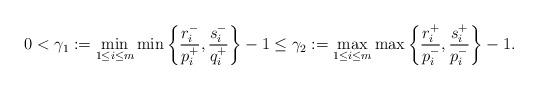
LaTeX: \begin{align*}0<\gamma_1:=\min_{1\leq i\leq m} \min\left\{\frac{r_i^-}{p_i^+},\frac{s_i^-}{q_i^+}\right\}-1\leq\gamma_2:=\max_{1\leq i\leq m} \max\left\{\frac{r_i^+}{p_i^-},\frac{s_i^+}{p_i^-}\right\}-1.\end{align*}